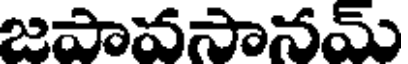
జపావసానమ్